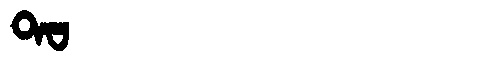
Manchu: ᡨᠣ
Romanization: TO